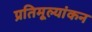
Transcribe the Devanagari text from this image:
प्रतिमूल्यांकन